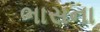
ભાસના